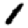
Digit: 1